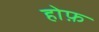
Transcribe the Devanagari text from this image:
होफ़